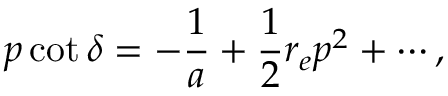
p \cot \delta = - \frac { 1 } { a } + \frac 1 2 r _ { e } p ^ { 2 } + \cdots ,